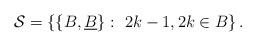
LaTeX: \begin{align*}\mathcal{S} = \left\{ \{B,\underline{B}\} :\ 2k-1,2k \in B \right\}.\end{align*}